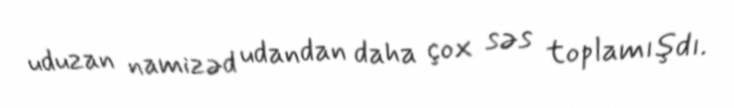
uduzan namizəd udandan daha çox səs toplamışdı.